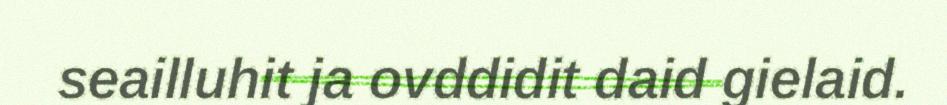
seailluhit ja ovddidit daid gielaid.